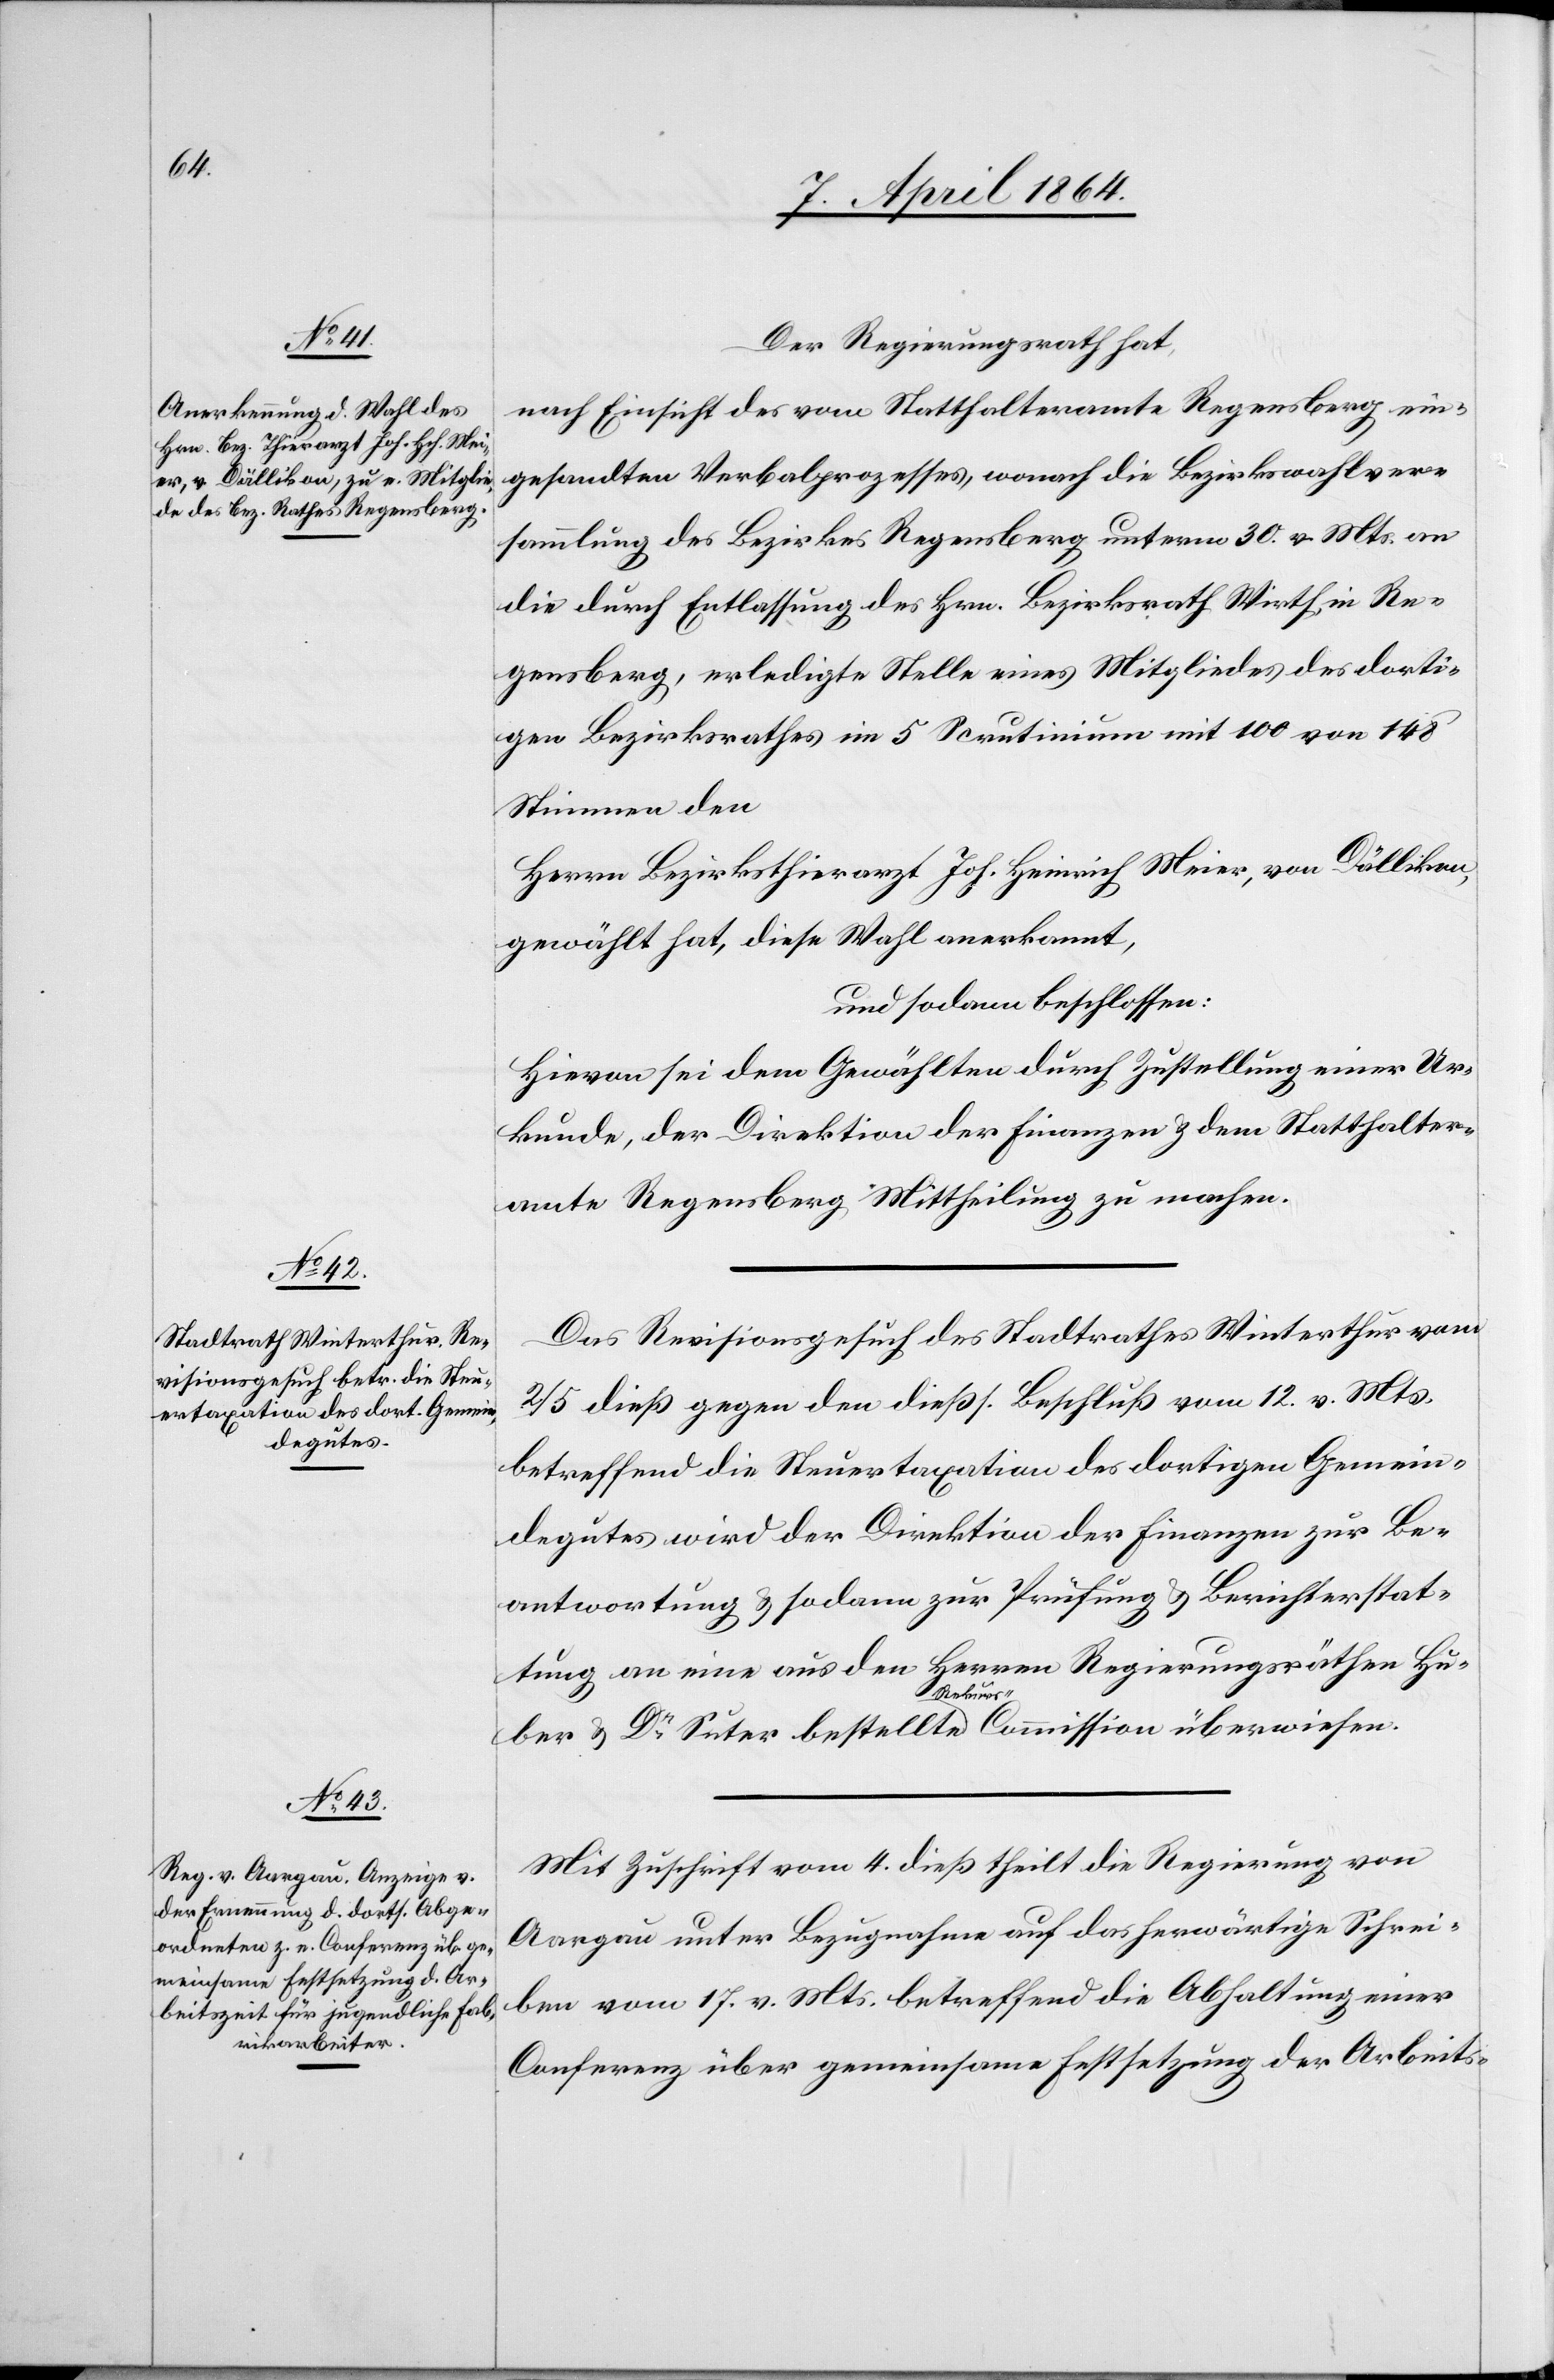
Der Regierungsrath hat,
nach Einsicht des vom Statthalteramte Regensberg ein¬
gesandten Verbalprozesses, wonach die Bezirkswahlver¬
sammlung des Bezirkes Regensberg unterm 30. v. Mts. an
die durch Entlassung des Hrn. Bezirksrath Wirth in Re¬
gensberg, erledigte Stelle eines Mitgliedes des dorti¬
gen Bezirksrathes im 5 Scrutinium mit 100 von 148
Stimmen den
Herrn Bezirksthierarzt Joh. Heinrich Meier, von Dällikon,
gewählt hat, diese Wahl anerkannt
und sodann beschlossen:
Hievon sei dem Gewählten durch Zustellung einer Ur¬
kunde, der Direktion der Finanzen u. dem Statthalter¬
amte Regensberg Mittheilung zu machen.
Das Revisionsgesuch des Stadtrathes Winterthur vom
2/5 dieß gegen den dießs. Beschluß vom 12. v. Mts.
betreffend die Steuertaxation des dortigen Gemein¬
degutes wird der Direktion der Finanzen zur Be¬
antwortung u. sodann zur Prüfung u. Berichterstat¬
tung an eine aus den Herren Regierungsräthen Hu¬
ber u. Dr Suter bestellte a-Rekurs--aCommission überwiesen.
Mit Zuschrift vom 4. dieß theilt die Regierung von
Aargau unter Bezugnahme auf das herwärtige Schrei¬
ben vom 17. v. Mts. betreffend die Abhaltung einer
Conferenz über gemeinsame Festsetzung der Arbeits-